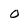
Character: o